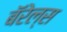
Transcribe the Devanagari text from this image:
बॅरेल्स